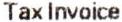
TAX INVOICE